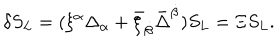
LaTeX: \delta S _ { L } = ( \xi ^ { \alpha } \Delta _ { \alpha } + \bar { \xi } _ { \dot { \beta } } \bar { \Delta } ^ { \dot { \beta } } ) S _ { L } = \Xi S _ { L } .